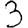
Digit: 3